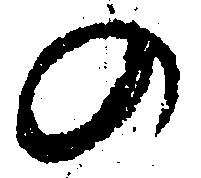
の